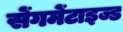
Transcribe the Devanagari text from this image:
सेंगमेंटाइज्ड